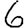
Digit: 6